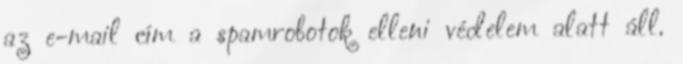
az e-mail cím a spamrobotok elleni védelem alatt áll.